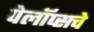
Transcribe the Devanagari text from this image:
पेलॉप्सचे